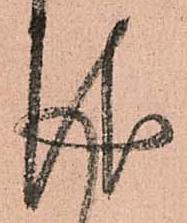
報